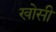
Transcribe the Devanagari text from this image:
खोसी